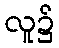
လူ၌